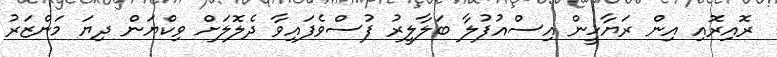
ރޮއިރޮއި އިން ރަޔާހީން އިސްއުފުލާ ބަލާލީރު ފުސްވެފައިވާ ދެލޮލަށް ވިކްޔަން ދިޔަ މަންޒަރު